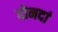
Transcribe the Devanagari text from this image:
दोनदां